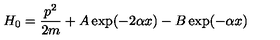
H _ { 0 } = \frac { p ^ { 2 } } { 2 m } + A \exp ( - 2 \alpha x ) - B \exp ( - \alpha x )